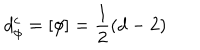
LaTeX: d _ { \phi } ^ { c } = \left[ \phi \right] = \frac { 1 } { 2 } \left( d - 2 \right)